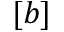
[ b ]